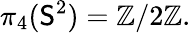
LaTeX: \pi_{4}(\mathsf{S}^{2})=\mathbb{{Z}}/2\mathbb{{Z}}.